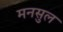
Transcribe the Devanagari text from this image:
मनसुल